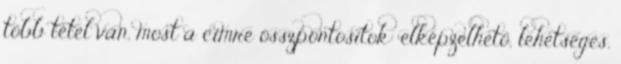
több tétel van, most a címre összpontosítok: elképzelhető, lehetséges,